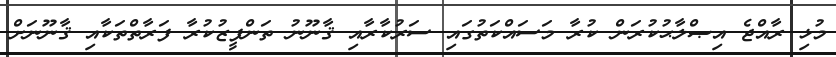
މުޅި ރާއްޖެ އިޞްލާޙުކުރަން ކުރާ މަސައްކަތުގައި ސަރުކާރާއި ޤާނޫނު ތަންފީޒުކުރާ ފަރާތްތަކާއި ޤާނޫނަށް